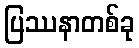
ပြဿနာတစ်ခု